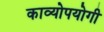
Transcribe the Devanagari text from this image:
काव्योपयोगी